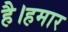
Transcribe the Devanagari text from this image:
है।हमार